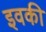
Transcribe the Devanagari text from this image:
इवकी